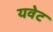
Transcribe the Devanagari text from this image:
यवेट